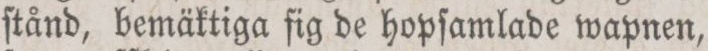
ſtånd, bemäktiga fig de hopſamlade wapnen,